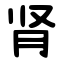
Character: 肾